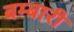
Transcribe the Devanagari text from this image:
बम्बारी